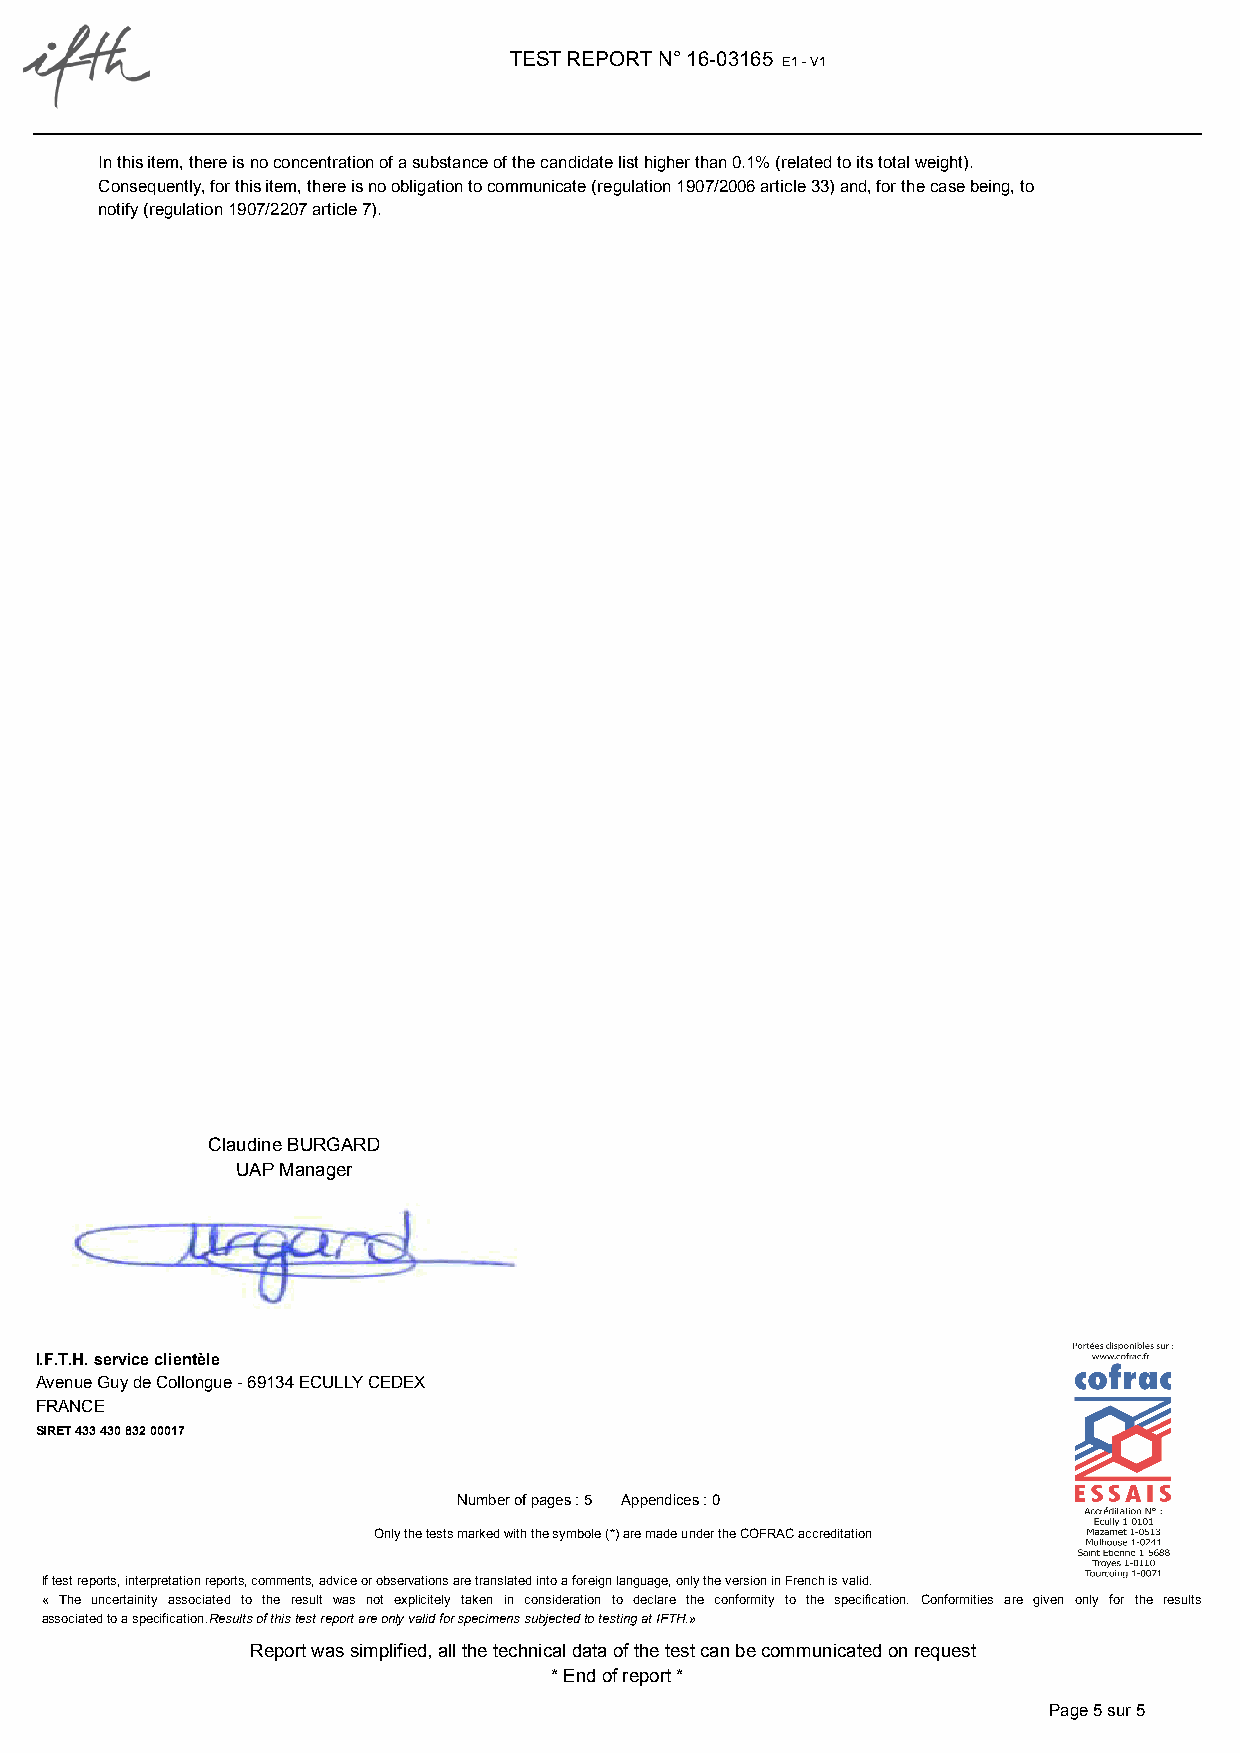
TEST REPORT N° 16-03165 E1 - V1
 In this item, there is no concentration of a substance of the candidate list higher than 0.1% (related to its total weight).
 Consequently, for this item, there is no obligation to communicate (regulation 1907/2006 article 33) and, for the case being, to
 notify (regulation 1907/2207 article 7).
 Claudine BURGARD
 UAP Manager
 I.F.T.H. service clientèle
 Avenue Guy de Collongue - 69134 ECULLY CEDEX
 FRANCE
 SIRET 433 430 832 00017
 Number of pages : 5 Appendices : 0
 Only the tests marked with the symbole (*) are made under the COFRAC accreditation
 If test reports, interpretation reports, comments, advice or observations are translated into a foreign language, only the version in French is valid.
 « The uncertainity associated to the result was not explicitely taken in consideration to declare the conformity to the specification. Conformities are given only for the results
 associated to a specification.Results of this test report are only valid for specimens subjected to testing at IFTH.»
 Report was simplified, all the technical data of the test can be communicated on request
 * End of report *
 Page 5 sur 5